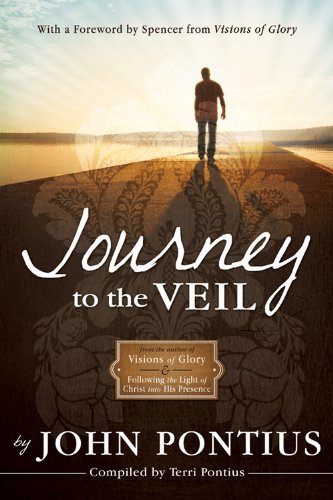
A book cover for Journey to the Veil; John Pontius; Christian Books & Bibles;